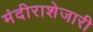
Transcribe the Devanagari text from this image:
मंदीराशेजारी